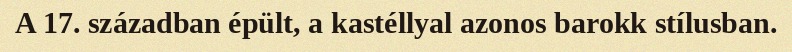
A 17. században épült, a kastéllyal azonos barokk stílusban.